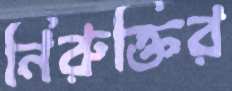
নিরুক্তির